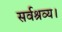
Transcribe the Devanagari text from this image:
सर्वश्रव्य।